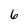
Character: 6